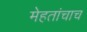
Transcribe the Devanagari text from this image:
मेहतांचाच